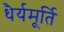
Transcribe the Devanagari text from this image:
धैर्यमूर्ति